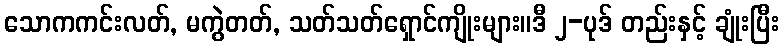
သောကကင်းလတ်, မကွဲတတ်, သတ်သတ်ရှောင်ကျိုးများ။ဒီ ၂-ပုဒ် တည်းနှင့် ချုံးပြီး